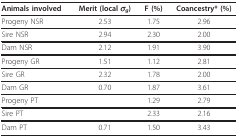
| Animals involved | Merit (local σg) | F (%) | Coancestry* (%) |
 | --- | --- | --- | --- |
 | Progeny NSR | 2.53 | 1.75 | 2.96 |
 | Sire NSR | 2.94 | 2.30 | 2.00 |
 | Dam NSR | 2.12 | 1.91 | 3.90 |
 | Progeny GR | 1.51 | 1.12 | 2.81 |
 | Sire GR | 2.32 | 1.78 | 2.00 |
 | Dam GR | 0.70 | 1.87 | 3.61 |
 | Progeny PT |  | 1.29 | 2.79 |
 | Sire PT |  | 2.33 | 2.16 |
 | Dam PT | 0.71 | 1.50 | 3.43 |